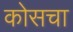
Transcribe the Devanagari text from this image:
कोसचा